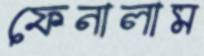
ফেনালাম